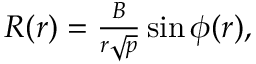
\begin{array} { r } { R ( r ) = \frac { B } { r \sqrt { p } } \sin { \phi ( r ) } , } \end{array}